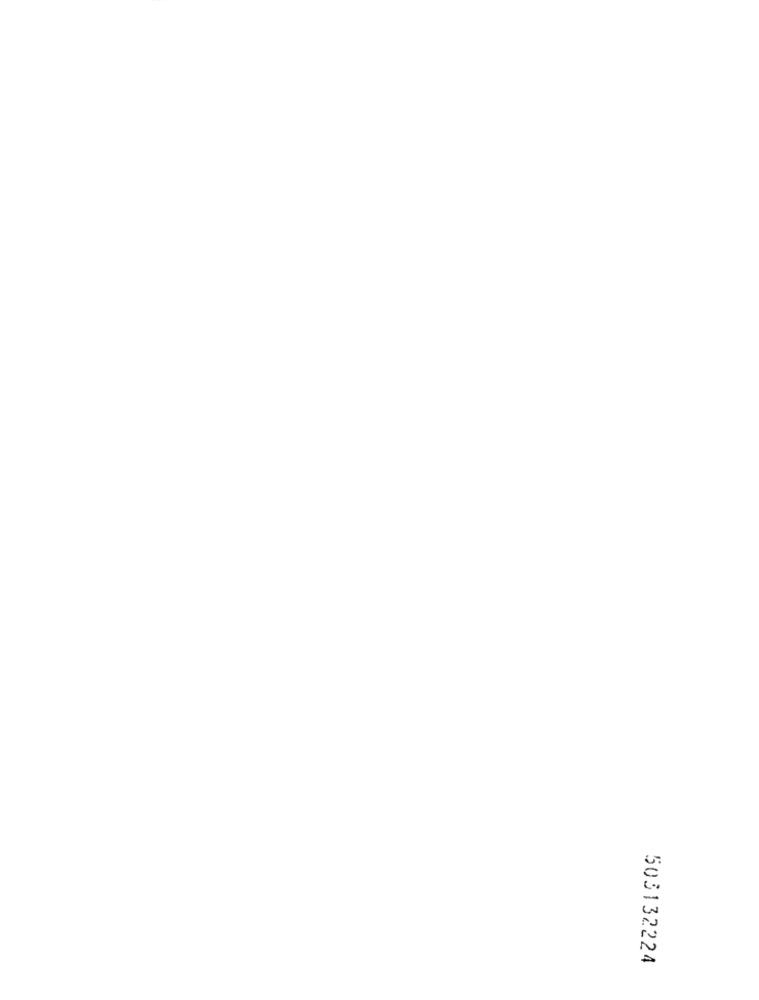
503132224